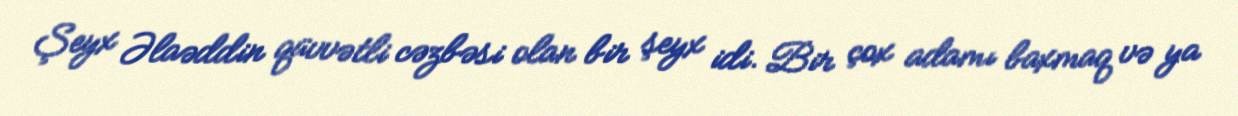
Şeyx Əlaəddin qüvvətli cəzbəsi olan bir şeyx idi. Bir çox adamı baxmaq və ya